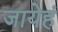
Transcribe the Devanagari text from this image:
जायेहं